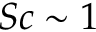
S c \sim 1